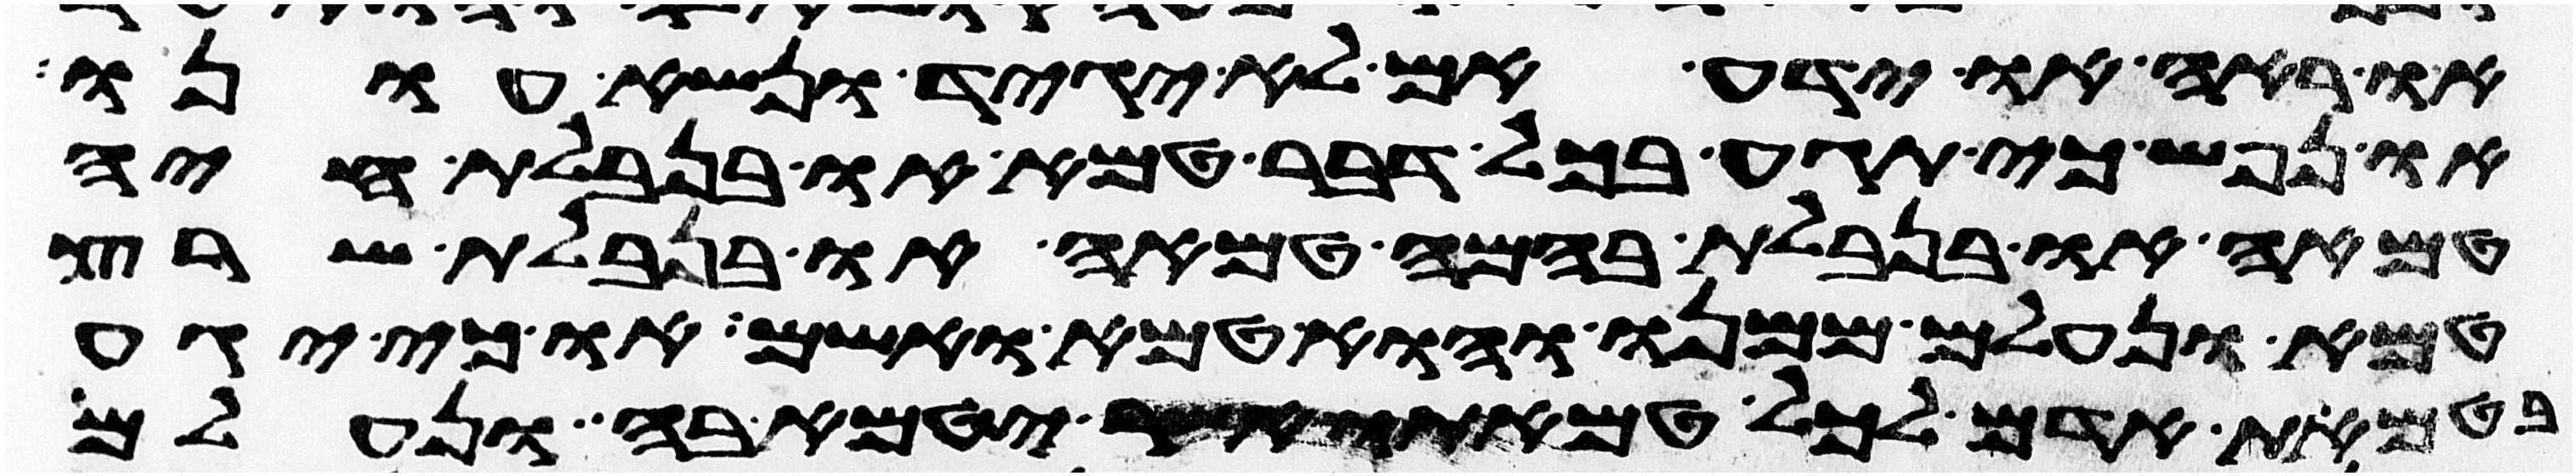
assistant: או ראה או ידע אם לא יגיד ונשא עונו
או נפש כי תגע בכל דבר טמא או בנבלת חיה
טמאה או בנבלת בהמה טמאה או בנבלת שרץ
טמא ונעלם ממנו והוא טמא ואשם או כי יגע
בטמאת אדם לכל טמאתו אשר יטמא בה ונעלם